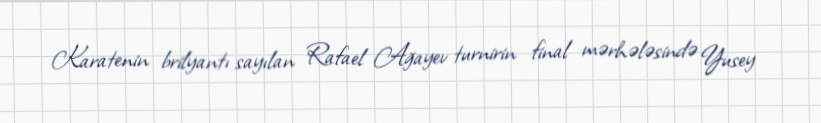
Karatenin brilyantı sayılan Rafael Ağayev turnirin final mərhələsində Yusey